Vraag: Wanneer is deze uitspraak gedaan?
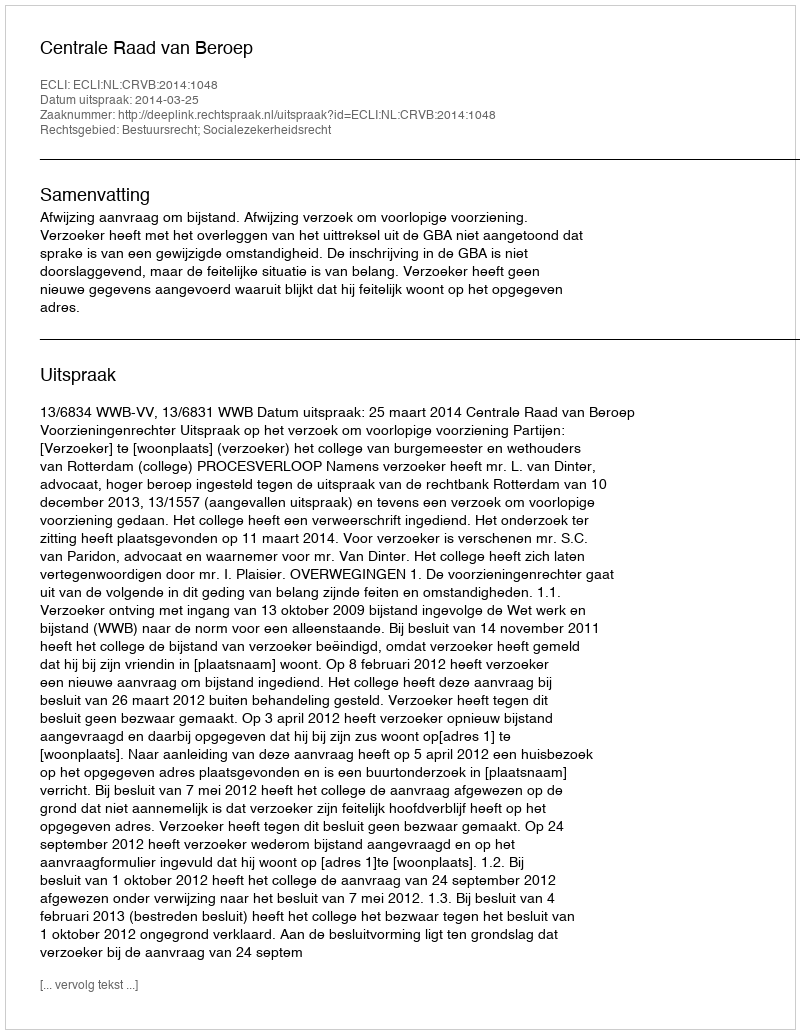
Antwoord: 2014-03-25